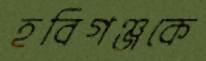
হবিগঞ্জকে